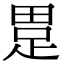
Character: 𤲊